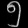
Digit: ၅